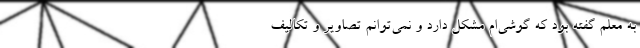
به معلم گفته بود که گوشی‌ام مشکل دارد و نمی‌توانم تصاویر و تکالیف